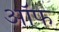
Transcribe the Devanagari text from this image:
ऑफ